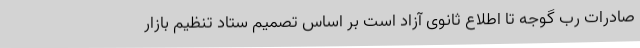
صادرات رب گوجه تا اطلاع ثانوی آزاد است بر اساس تصمیم ستاد تنظیم بازار